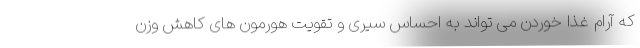
که آرام غذا خوردن می تواند به احساس سیری و تقویت هورمون های کاهش وزن